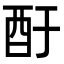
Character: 酑